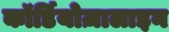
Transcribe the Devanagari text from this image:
कॉर्डियोज़ालाइन